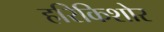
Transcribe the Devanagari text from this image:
हरिकिशोर